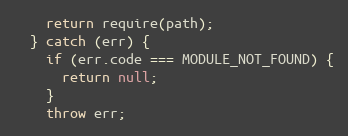
Language: JavaScript
    return require(path);
  } catch (err) {
    if (err.code === MODULE_NOT_FOUND) {
      return null;
    }
    throw err;